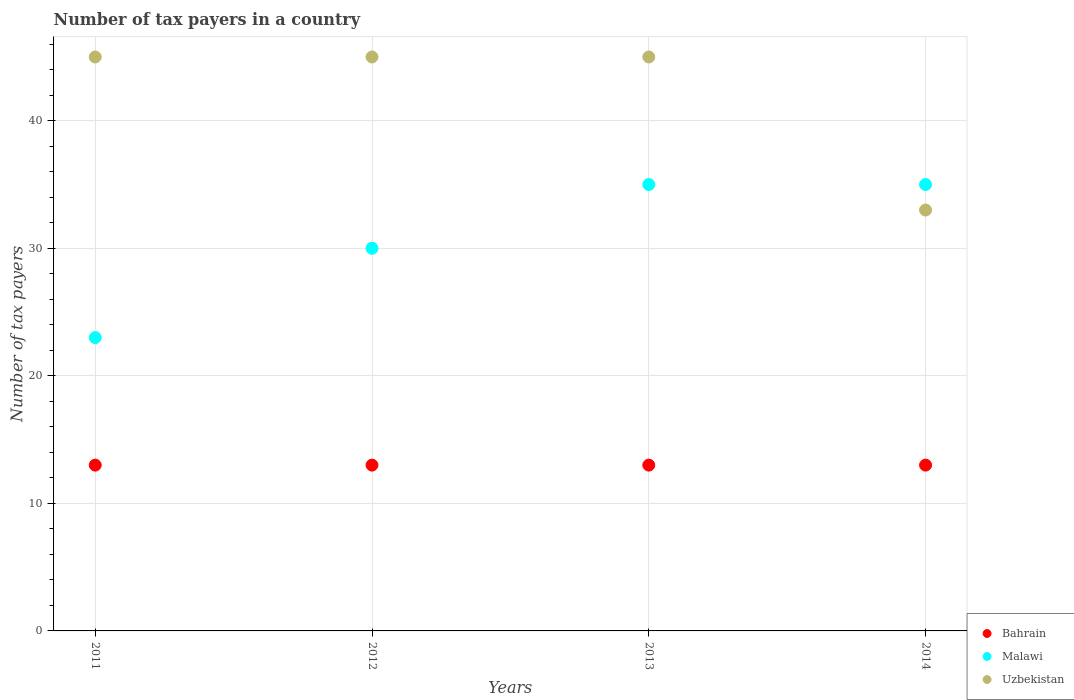
| Years | Bahrain | Malawi | Uzbekistan |
 | --- | --- | --- | --- |
 | 2011 | 13 | 23 | 45 |
 | 2012 | 13 | 30 | 45 |
 | 2013 | 13 | 35 | 45 |
 | 2014 | 13 | 35 | 33 |